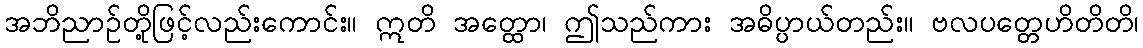
အဘိညာဉ်တို့ဖြင့်လည်းကောင်း။ ဣတိ အတ္ထော၊ ဤသည်ကား အဓိပ္ပာယ်တည်း။ ဗလပတ္တေဟိတိတိ၊